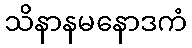
သိနာနမနောဒကံ